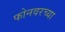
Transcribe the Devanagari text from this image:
फोनवरच्या